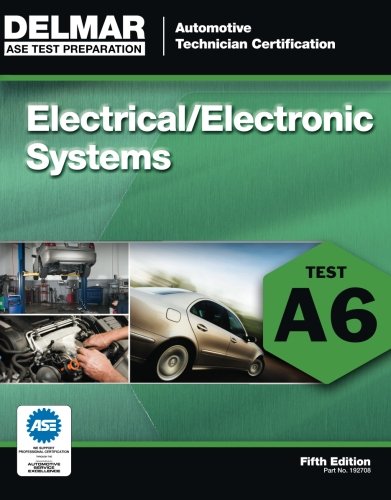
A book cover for ASE Test Preparation - A6 Electricity and Electronics (Ase Test Preparation Series); Delmar; Test Preparation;